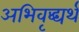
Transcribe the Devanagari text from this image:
अभिवृद्ध्यर्थ